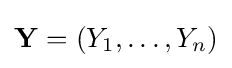
\mathbf {Y} =(Y_{1},\ldots ,Y_{n})